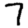
Digit: 7